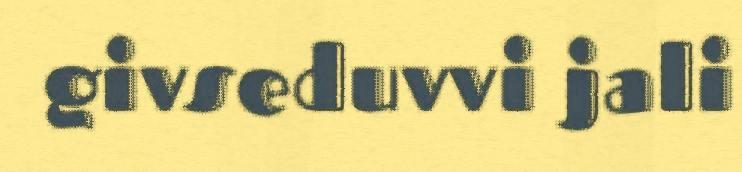
givseduvvi jali